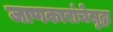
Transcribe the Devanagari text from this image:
जाणकारांचेसुद्धा